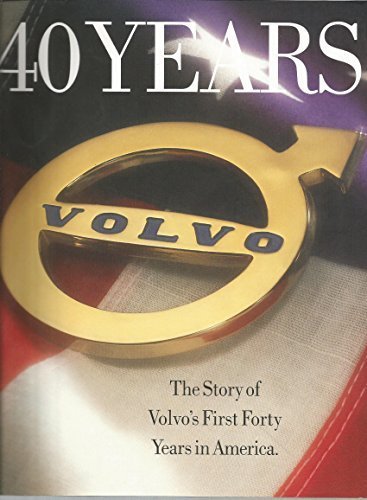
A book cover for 40 Years Volvo: The Story of Volvo's First Forty Years in America; Volvo Cars of North America; Engineering & Transportation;